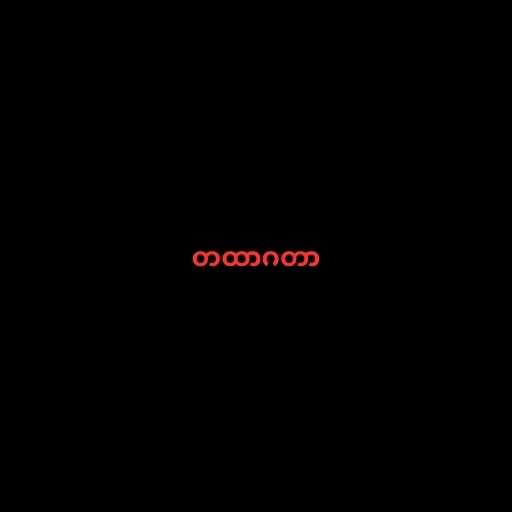
တထာဂတာ